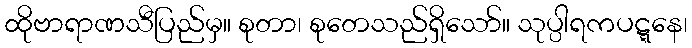
ထိုဗာရာဏသီပြည်မှ။ စုတာ၊ စုတေသည်ရှိသော်။ သုပ္ပါရကပဋ္ဋနေ၊